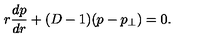
r \frac { d p } { d r } + ( D - 1 ) ( p - p _ { \perp } ) = 0 .